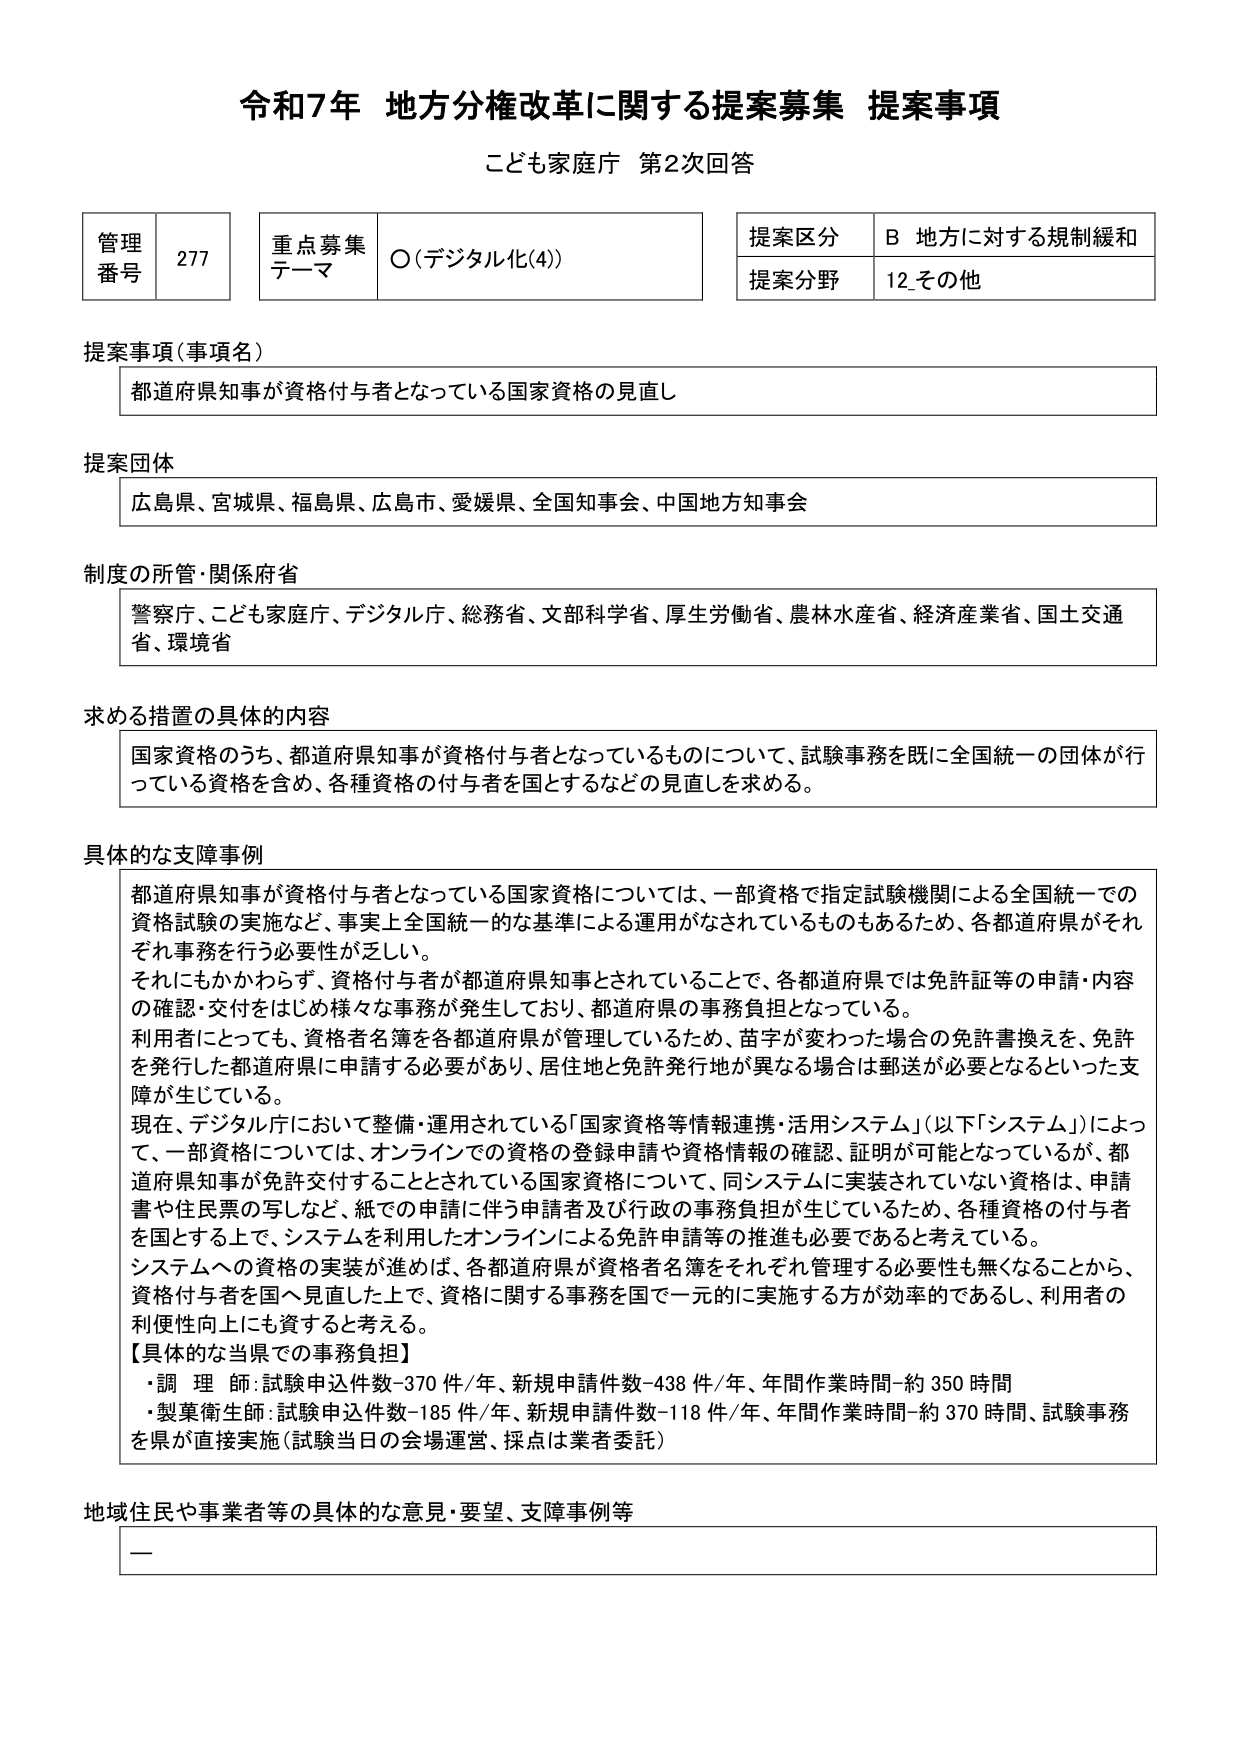
令和7年 地方分権改革に関する提案募集 提案事項
こども家庭庁 第2次回答

管理番号 277
重点募集テーマ ○（デジタル化(4)）
提案区分 B 地方に対する規制緩和
提案分野 12_その他

提案事項（事項名）
都道府県知事が資格付与者となっている国家資格の見直し

提案団体
広島県、宮城県、福島県、広島市、愛媛県、全国知事会、中国地方知事会

制度の所管・関係府省
警察庁、こども家庭庁、デジタル庁、総務省、文部科学省、厚生労働省、農林水産省、経済産業省、国土交通省、環境省

求める措置の具体的内容
国家資格のうち、都道府県知事が資格付与者となっているものについて、試験事務を既に全国統一の団体が行っている資格を含め、各種資格の付与者を国とするなどの見直しを求める。

具体的な支障事例
都道府県知事が資格付与者となっている国家資格については、一部資格で指定試験機関による全国統一での資格試験の実施など、事実上全国統一的な基準による運用がなされているものもあるため、各都道府県がそれぞれ事務を行う必要性が乏しい。
それにもかかわらず、資格付与者が都道府県知事とされていることで、各都道府県では免許証等の申請・内容の確認・交付をはじめ様々な事務が発生しており、都道府県の事務負担となっている。
利用者にとっても、資格者名簿を各都道府県が管理しているため、苗字が変わった場合の免許書換えを、免許を発行した都道府県に申請する必要があり、居住地と免許発行地が異なる場合は郵送が必要となるといった支障が生じている。
現在、デジタル庁において整備・運用されている「国家資格等情報連携・活用システム」（以下「システム」）によって、一部資格については、オンラインでの資格の登録申請や資格情報の確認、証明が可能となっているが、都道府県知事が免許交付するとされている国家資格について、同システムに実装されていない資格は、申請書や住民票の写しなど、紙での申請に伴う申請者及び行政の事務負担が生じているため、各種資格の付与者を国とする上で、システムを利用したオンラインによる免許申請等の推進も必要であると考えている。
システムへの資格の実装が進めば、各都道府県が資格者名簿をそれぞれ管理する必要性も無くなることから、資格付与者を国へ見直した上で、資格に関する事務を国で一元的に実施する方が効率的であるし、利用者の利便性向上にも資すると考える。
【具体的な当県での事務負担】
・調理師：試験申込件数-370件/年、新規申請件数-438件/年、年間作業時間-約350時間
・製菓衛生師：試験申込件数-185件/年、新規申請件数-118件/年、年間作業時間-約370時間、試験事務を県が直接実施（試験当日の会場運営、採点は業者委託）

地域住民や事業者等の具体的な意見・要望、支障事例等
ー